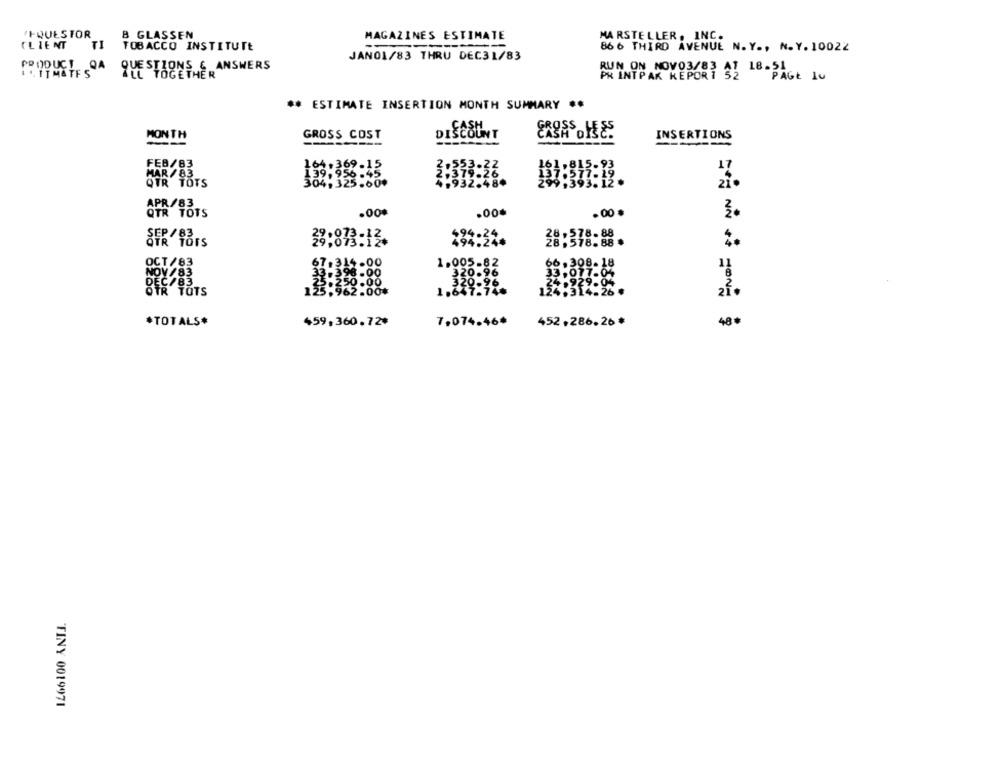
'IQUESTOR
B GLASSEN
MAGAZINES ESTIMATE
MARSTELLER, INC.
CLIENT
TI
TOBACCO INSTITUTE
86 6 THIRD AVENUE N. Y ., N.Y. 10022
JANO1/83 THRU DEC31/83
PRODUCT QA
QUESTIONS & ANSWERS
RUN ON NOV03/83 A
ISITMATFS
ALL TOGETHER
PR INTPAK KEPOR 1 52
PAGE 10
** ESTIMATE INSERTION MONTH SUMMARY **
MONTH
GROSS COST
DISCOUNT
INSERTIONS
--
FEB/83
139.956.45
MAR/ 83
QTR TOTS
4,325.00*
APR /83
.00%
.00.
.00 .
3.
494.24
23:873:12.
494.24
28 :378-88.
%
OCT /83
.00
1.005-82
320.96
20-96
L.647-74₺
zł.
7,074.46*
452,286.26 *
48 €
*TOTALS*
459,360.72*
TINY 0019971